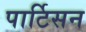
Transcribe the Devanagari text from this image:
पार्टिसन